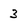
Character: 3